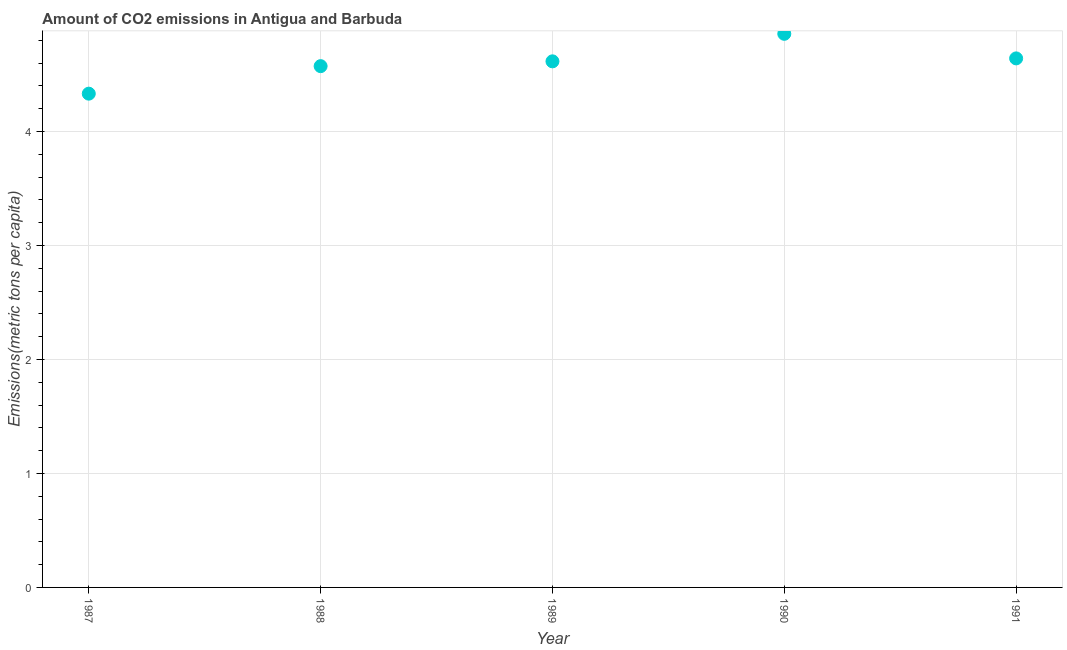
| Year | CO2 emissions |
 | --- | --- |
 | 1987 | 4.33 |
 | 1988 | 4.57 |
 | 1989 | 4.62 |
 | 1990 | 4.86 |
 | 1991 | 4.64 |